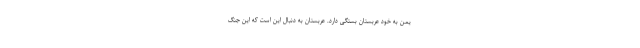
یمن به خود عربستان بستگی دارد. عربستان به دنبال این است که این جنگ